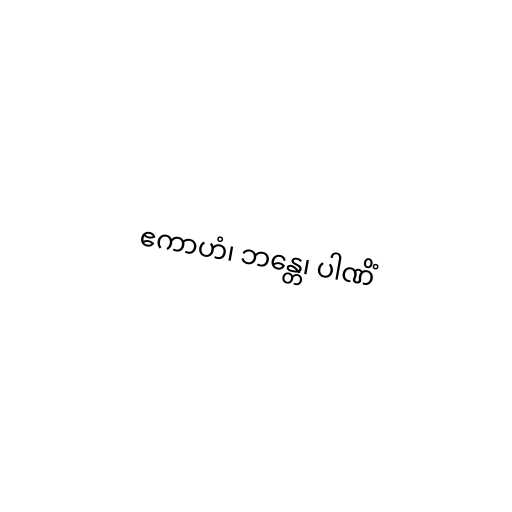
ဧကာဟံ၊ ဘန္တေ၊ ပါဏိံ